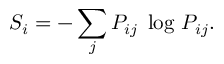
S _ { i } = - \sum _ { j } P _ { i j } \; \log \, P _ { i j } .